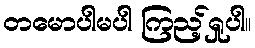
တမောပါမပါ ကြည့်ရှုပါ။